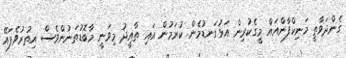
ގެންދަވާތީ މަނިކްފާންއައް މީގެކުރިން އަޅުގަނޑުމެން ކުރަމުން އައި ތާއީދު މިވަނީ މާބޮޑުތަނުންވެސް އިތުރުވެފައޭ